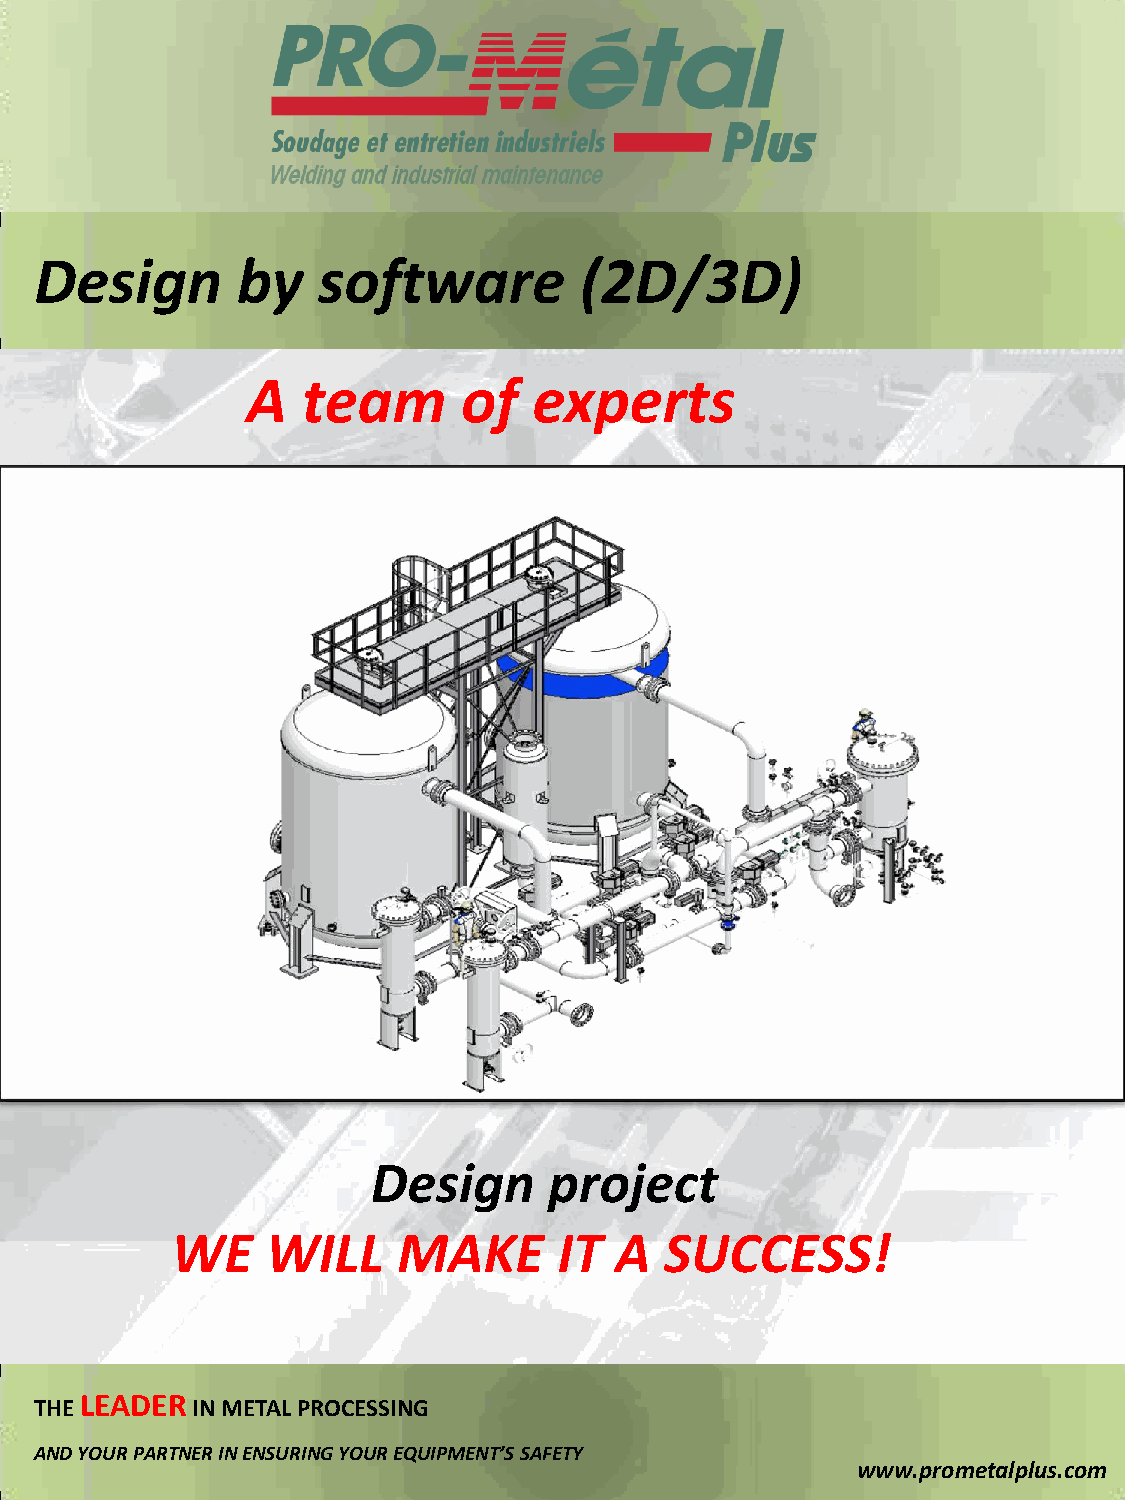
Design        by   software         (2D/3D)
 A   team       of  experts
 Design     project
 WE     WILL    MAKE       IT  A  SUCCESS!
 THE LEADER IN METAL PROCESSING
 AND YOUR PARTNER IN ENSURING YOUR EQUIPMENT’S SAFETY
 www.prometalplus.com